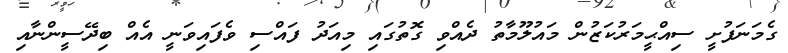
ގެމަނަފުށީ ސިއްޙީމަރުކަޒުން މައުލޫމާތު ދެއްވި ގޮތުގައި މިއަދު ފައްސި ވެފައިވަނީ އެއް ބިދޭސީންނާއި